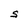
Character: S